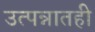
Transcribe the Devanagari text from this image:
उत्पन्नातही